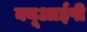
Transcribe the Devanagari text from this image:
क्यूआईपी